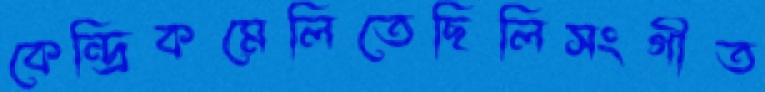
কেন্দ্রিকমেলিতেছিলিসংগীত